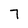
Character: 7